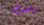
نافورة